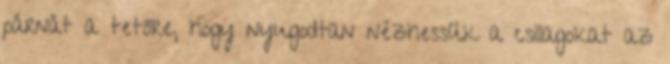
párnát a tetőre, hogy nyugodtan nézhessük a csillagokat az